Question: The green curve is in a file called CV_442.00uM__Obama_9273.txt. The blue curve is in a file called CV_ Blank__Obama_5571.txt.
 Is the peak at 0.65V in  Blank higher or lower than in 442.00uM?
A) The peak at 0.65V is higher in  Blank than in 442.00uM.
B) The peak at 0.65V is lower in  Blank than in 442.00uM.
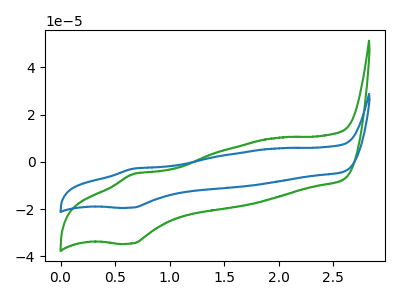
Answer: <think>The green curve "442.00uM" has an anodic peak at (0.65V, -5.10uA) and a cathodic peak at (0.65V, -34.50uA). The blue curve " Blank" has an anodic peak at (0.65V, -2.85uA) and a cathodic peak at (0.65V, -19.35uA).</think>
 <answer>B) The peak at 0.65V is lower in " Blank" than in "442.00uM".</answer>
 <eval>B</eval>